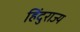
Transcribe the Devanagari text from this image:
हिंदुराज्य